Civil Veterinary Department Bihar reports 1940-50 - 1940-1950
Year: 1940
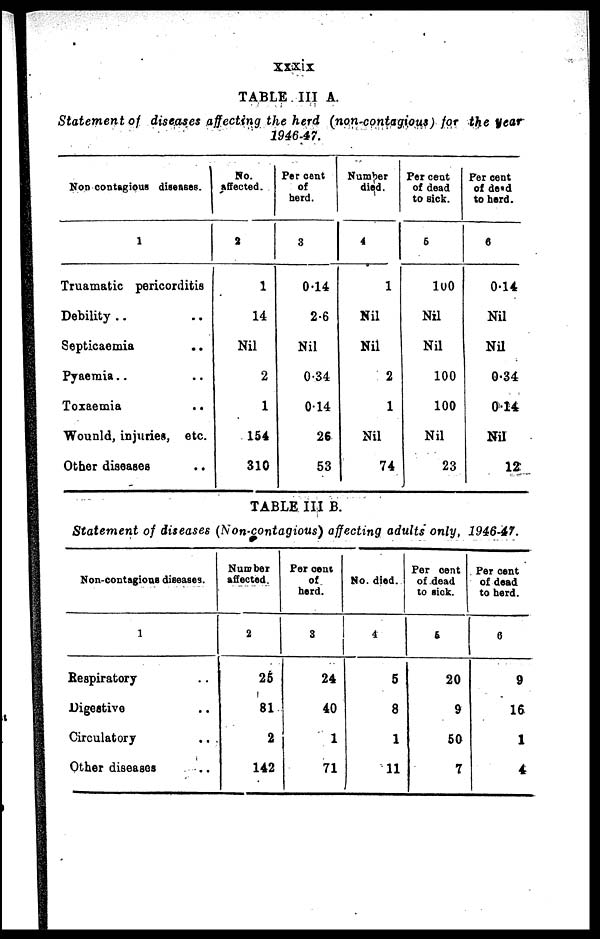
XXXIX
TABLE III A.
Statement of diseases affecting the herd (non-contagious) for the year
1946-47.
Non contagious diseases.
1
Truamatic pericorditis
Debility .. ..
Septicaemia .. ..
Pyaemia .. ..
Toxaemia ..
Wounld, injuries, etc.
Other diseases ..
No.
affected.
2
1
14
Nil
2
1
154
310
Per cent
of
herd.
3
0.14
2.6
Nil
0.34
014
26
53
Number
died.
4
1
Nil
Nil
2
1
Nil
74
Per cent
of dead
to sick.
5
100
Nil
Nil
100
100
Nil
23
Per cent
of dead
to herd.
6
0.14
Nil
Nil
0.34
0.14
Nil
12
TABLE III B.
Statement of diseases (Non-contagious) affecting adults only, 1946-47.
Non-contagious diseases.
1
Respiratory ..
Digestive ..
Circulatory ..
Other diseases ..
Number
affected.
2
25
81
2
142
Per cent
of
herd.
3
24
40
1
71
No. died.
4
5
8
1
11
Percent
of dead
to sick.
5
20
9
50
7
Per cent
of dead
to herd.
6
9
16
1
4